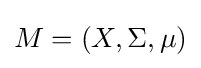
M=(X,\Sigma ,\mu )